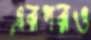
এরপরও